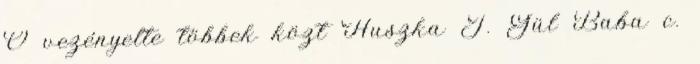
Ő vezényelte többek közt Huszka J. Gül Baba c.